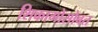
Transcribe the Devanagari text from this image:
शिकागोसोबत